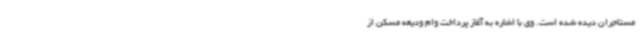
مستاجران دیده شده است. وی با اشاره به آغاز پرداخت وام ودیعه مسکن از